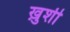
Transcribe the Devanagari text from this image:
खु़शी